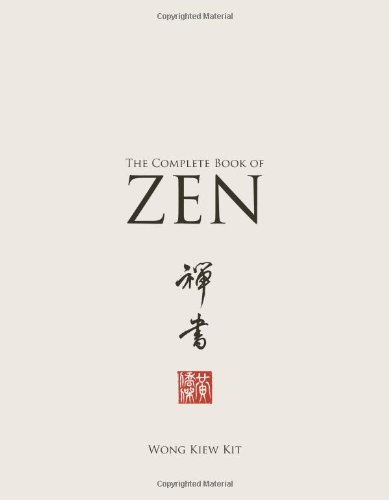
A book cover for The Complete Book of Zen; Wong Kiew Kit; Health, Fitness & Dieting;